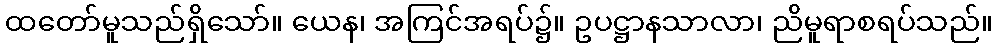
ထတော်မူသည်ရှိသော်။ ယေန၊ အကြင်အရပ်၌။ ဥပဋ္ဌာနသာလာ၊ ညိမူရာစရပ်သည်။